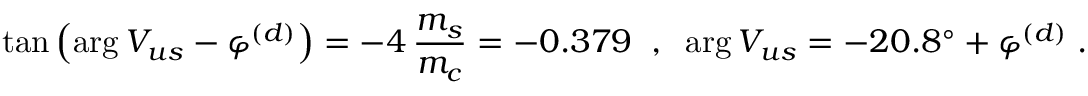
\tan \left( \arg V _ { u s } - \varphi ^ { ( d ) } \right) = - 4 \, \frac { m _ { s } } { m _ { c } } = - 0 . 3 7 9 \; \; , \; \; \arg V _ { u s } = - 2 0 . 8 ^ { \circ } + \varphi ^ { ( d ) } \; .